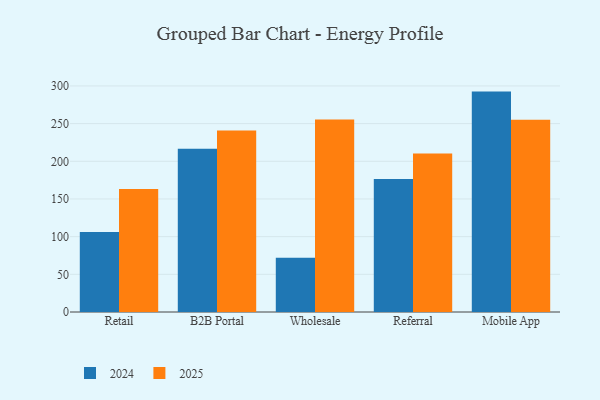
{"axis": {"x": "Channel", "y": "Inventory Turnover"}, "legend": ["2024", "2025"], "data": [{"x": "Retail", "y": 163.2, "type": "2025"}, {"x": "Retail", "y": 106.3, "type": "2024"}, {"x": "B2B Portal", "y": 241.0, "type": "2025"}, {"x": "B2B Portal", "y": 216.5, "type": "2024"}, {"x": "Wholesale", "y": 255.6, "type": "2025"}, {"x": "Wholesale", "y": 72.1, "type": "2024"}, {"x": "Referral", "y": 210.5, "type": "2025"}, {"x": "Referral", "y": 176.5, "type": "2024"}, {"x": "Mobile App", "y": 255.2, "type": "2025"}, {"x": "Mobile App", "y": 292.5, "type": "2024"}]}